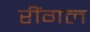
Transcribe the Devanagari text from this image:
रींगल